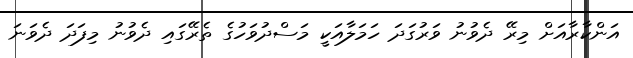
އަންކާރާއަށް މިރޭ ދެވުނު ވަރުގަދަ ހަމަލާއަކީ މަސްދުވަހުގެ ތެރޭގައި ދެވުނު މިފަދަ ދެވަނަ